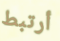
أرتبط